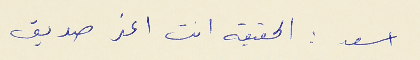
اسعد : الحقيقه انت اعز صديق